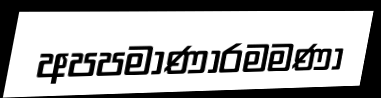
අපපමාණාරමමණා